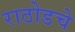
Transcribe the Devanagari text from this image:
राठोडचे